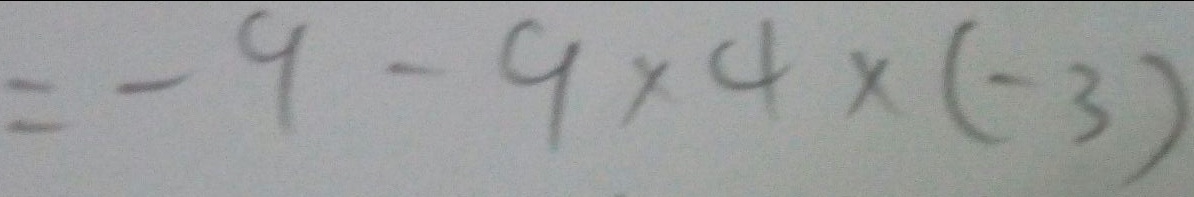
= - 9 - 9 \times 4 \times ( - 3 )